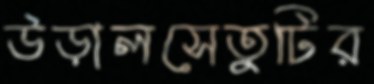
উড়ালসেতুটির